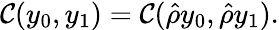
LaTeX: \mathcal{C}(y_{0},y_{1})=\mathcal{C}(\hat{{\rho}}y_{0},\hat{{\rho}}y_{1}).